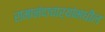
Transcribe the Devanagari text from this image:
रामानंदाचार्यांमधील